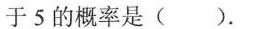
于5的概率是()。